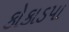
કોકાડપા